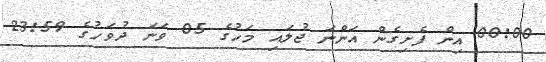
00:00 އިން ފެށިގެން އަންނަ ޖުލައި މަހުގެ 05 ވަނަ ދުވަހުގެ 23:59